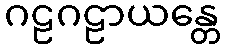
ဂဠဂဠာယန္တေ